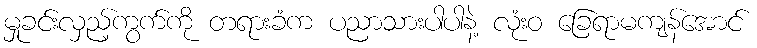
မှုခင်းလှည့်ကွက်ကို တရားခံက ပညာသားပါပါနဲ့ လုံးဝ ခြေရာမကျန်အောင်